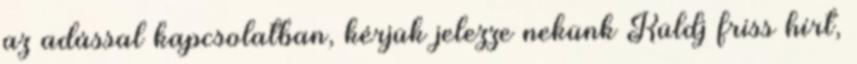
az adással kapcsolatban, kérjük jelezze nekünk Küldj friss hírt,